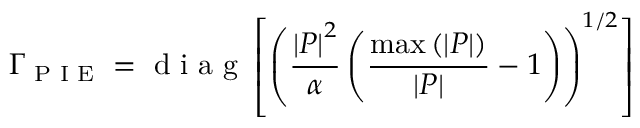
\Gamma _ { \textrm { P I E } } = \textrm { d i a g } \left[ \left( \frac { \left| P \right| ^ { 2 } } { \alpha } \left( \frac { \operatorname* { m a x } \left( \left| P \right| \right) } { \left| P \right| } - 1 \right) \right) ^ { 1 / 2 } \right]